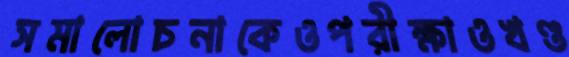
সমালোচনাকেওপরীক্ষাওখণ্ড